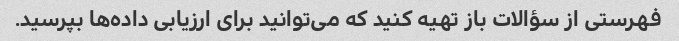
فهرستی از سؤالات باز تهیه کنید که می‌توانید برای ارزیابی داده‌ها بپرسید.